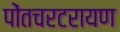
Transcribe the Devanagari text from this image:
पोंतचरटरायण